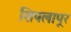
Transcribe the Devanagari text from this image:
शिपलापूर